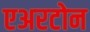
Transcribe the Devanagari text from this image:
एअरटोन